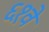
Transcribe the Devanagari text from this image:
६१वे